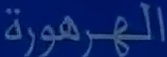
الجمهورية